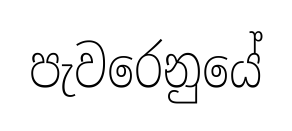
පැවරෙනුයේ